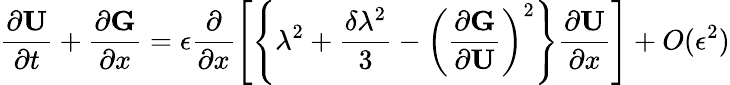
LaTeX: \frac{\partial\textbf{U}}{\partial t}+\frac{\partial\textbf{G}}{\partial x}=\epsilon\frac{\partial}{\partial x}\left[\left\{ \lambda^{2}+\frac{\delta\lambda^{2}}{3}-\left(\frac{\partial\textbf{G}}{\partial\textbf{U}}\right)^{2}\right\} \frac{\partial\textbf{U}}{\partial x}\right]+O(\epsilon^{2})